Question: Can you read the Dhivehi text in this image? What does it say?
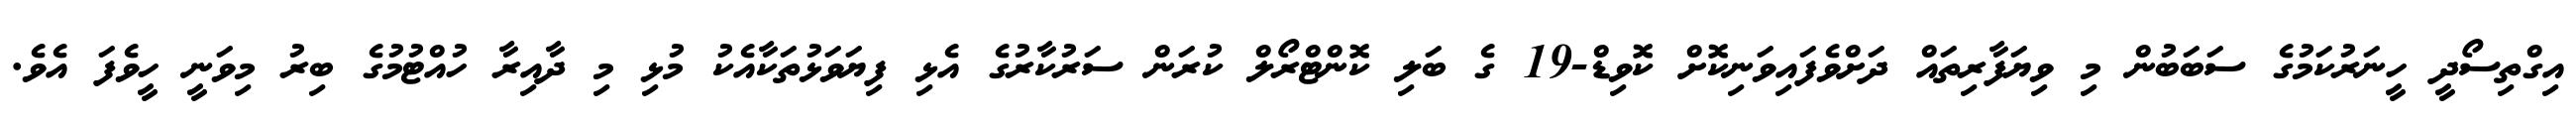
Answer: އިގްތިސޯދީ ހީނަރުކަމުގެ ސަބަބުން މި ވިޔަފާރިތައް ދަށްވެފައިވަނިކޮށް ކޮވިޑް-19 ގެ ބަލި ކޮންޓްރޯލް ކުރަން ސަރުކާރުގެ އެޅި ފިޔަވަޅުތަކާއެކު މުޅި މި ދާއިރާ ހުއްޓުމުގެ ބިރު މިވަނީ ހީވެފަ އެވެ.